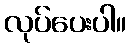
လုပ်ပေးပါ။